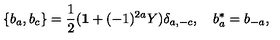
\{ b _ { a } , b _ { c } \} = \frac { 1 } { 2 } ( { \bf 1 } + ( - 1 ) ^ { 2 a } Y ) \delta _ { a , - c } , \quad b _ { a } ^ { * } = b _ { - a } ,